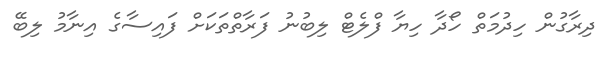
ދިރާގުން ހިދުމަތް ހޯދާ ހިޔާ ފްލެޓް ލިބުނު ފަރާތްތަކަށް ފައިސާގެ އިނާމު ލިބޭ